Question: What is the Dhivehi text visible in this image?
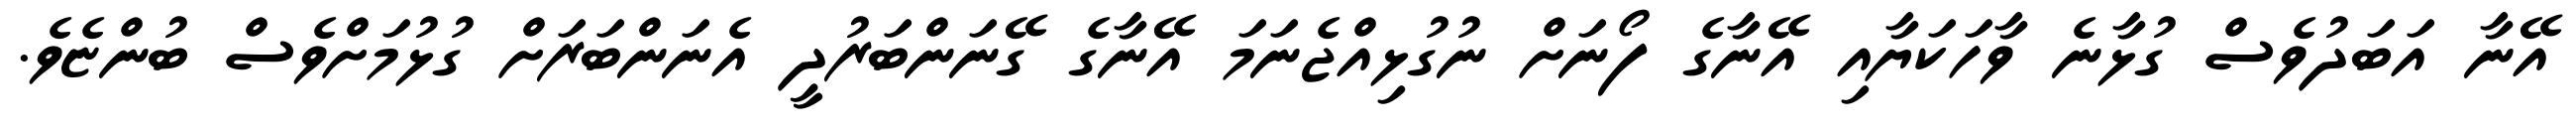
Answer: އޭނާ އަބަދުވެސް ގުޅާނެ ވާހަކަޔާއި އޭނާގެ ފޯނަށް ނުގުޅިއްޖެނަމަ އޭނާގެ ގޭނަންބަރުދީ އެނަންބަރަށް ގުޅުމަށްވެސް ބުންޏެވެ.